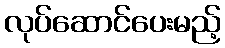
လုပ်ဆောင်ပေးမည့်